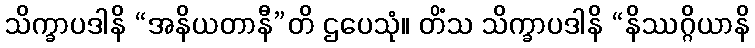
သိက္ခာပဒါနိ “အနိယတာနီ”တိ ဌပေသုံ။ တိံသ သိက္ခာပဒါနိ “နိဿဂ္ဂိယာနိ